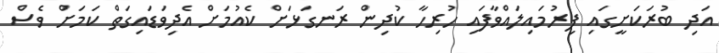
އަދި ބުރަކަށީގައި ފިރުމައިލައްވާފައި ހުރިހާ ކުދިން ރަނގަޅަށް ކެއުމަށް އެދިވަޑައިގަތް ކަމަށް ވެސް